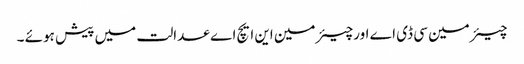
چیئرمین سی ڈی اے اورچیئرمین این ایچ اے عدالت میں پیش ہوئے ۔